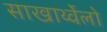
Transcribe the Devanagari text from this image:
साखार्थ्वेलो